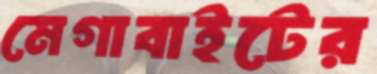
মেগাবাইটের